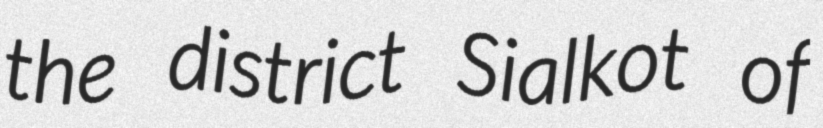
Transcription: the district Sialkot of